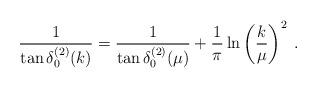
LaTeX: \begin{align*}\frac{1}{\tan \delta^{(2)}_{0}(k) }=\frac{1}{\tan \delta^{(2)}_{0}(\mu) }+ \frac{1}{\pi}\ln \left( \frac{k}{\mu} \right)^{2}\; .\end{align*}